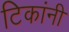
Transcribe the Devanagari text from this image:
टिकांनी